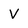
Character: V